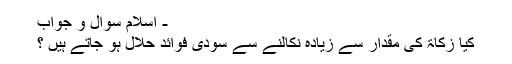
- اسلام سوال و جواب
كيا زكاۃ كى مقدار سے زيادہ نكالنے سے سودى فوائد حلال ہو جاتے ہيں ؟